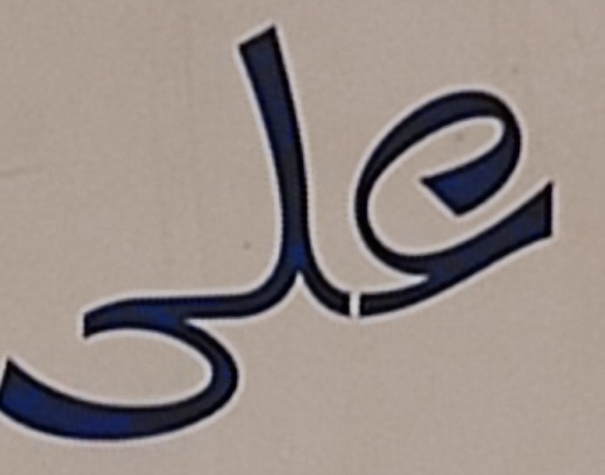
على